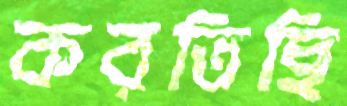
করতিছি